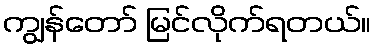
ကျွန်တော် မြင်လိုက်ရတယ်။